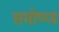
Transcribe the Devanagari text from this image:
समोष्ण